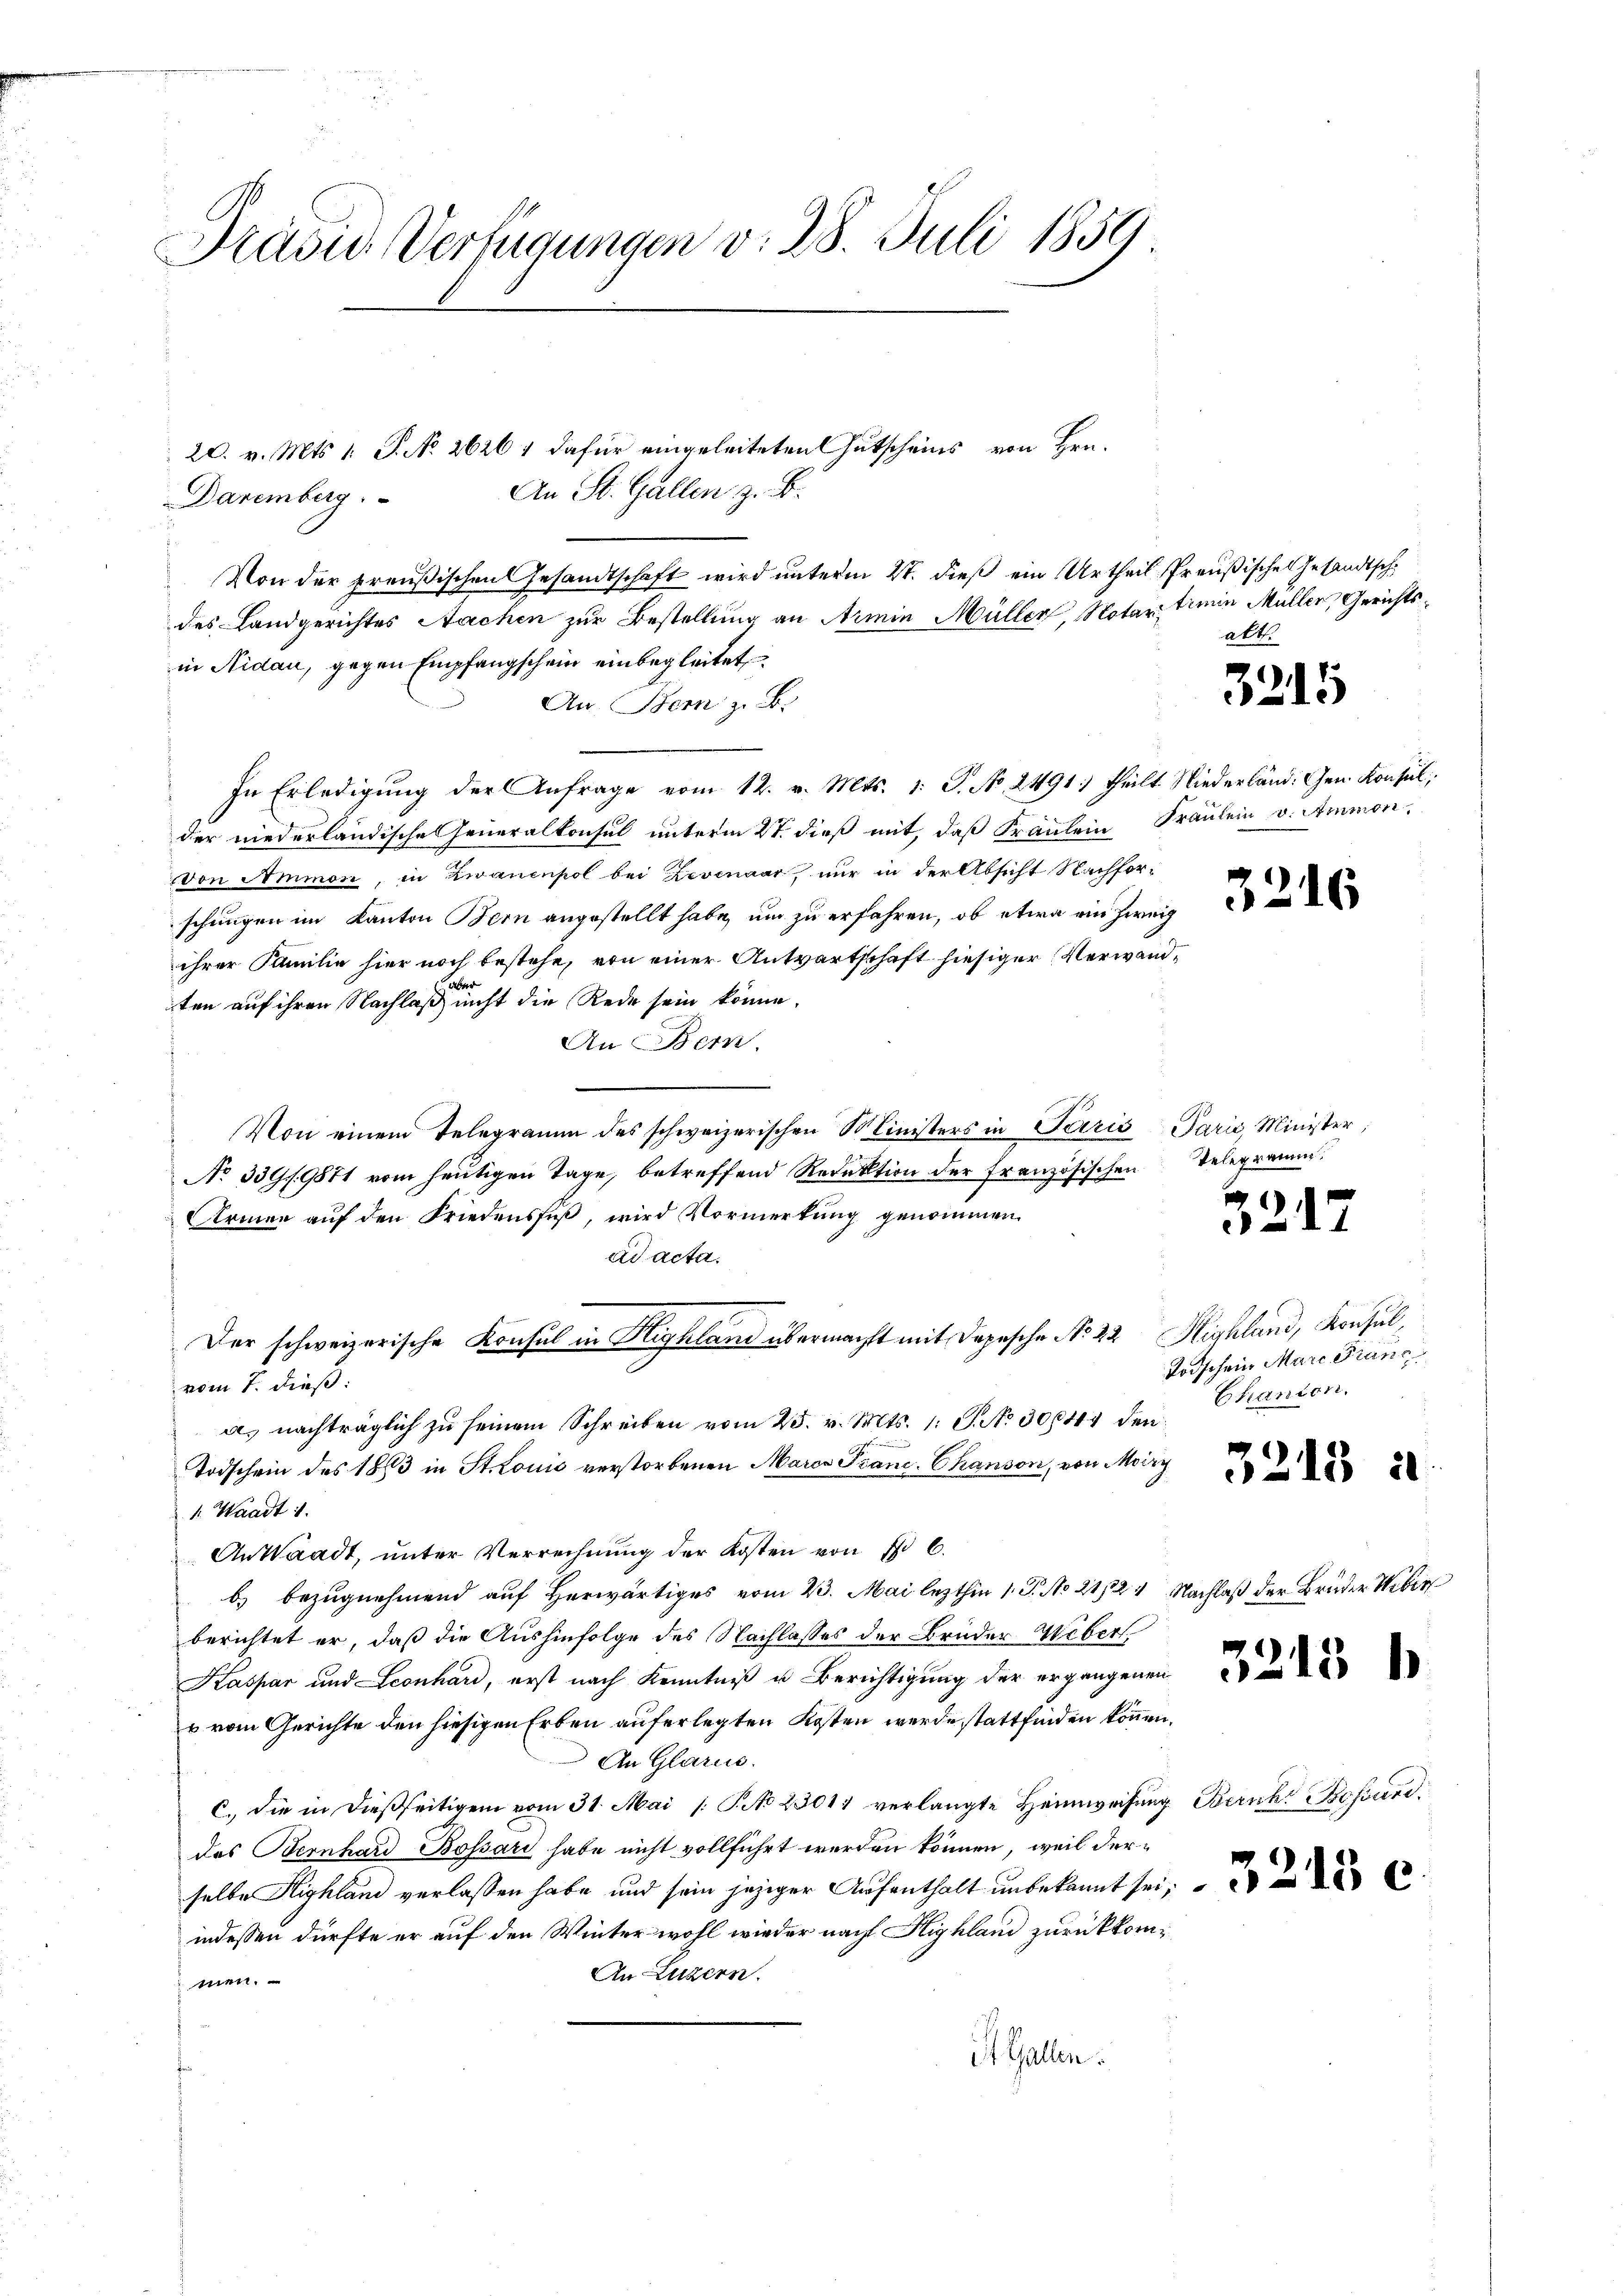
Präsid. Verfügungen v. 28. Juli 1859.

Daremberg
Von der preußischen Gesandtschaft wird unterm 27. dieß ein Urtheil Preußischen Gesandtsch
des Landgerichtes Aachen zur Bestellung an Armin Müller, Notar trein Müller, Gerichtsin Nidau, gegen Empfangschein einbegleitet
An. Bei z. B.
In Erledigŭng der Anfrage vom 12. v. Mts. 1. P. Nr. 2491. theilt Niederländ. Gen. Konsul,
der niederländische Generalkonsul unterm 2t. dieß mit, daß Spaulein Fräulein v. Ammon,
von Ammon, in Zwanenpol bei Zevenaar, nur in der Absicht Nachfor-
schungen im Kanton Bern angestellt habe, um zu erfahren, ob etwa ein Zweig
ihrer Familie hier noch bestehe, von einer Antwartschaft hiesiger Verwandten auf ihren Nachlaß nicht die Rede sein könne.
An Bern.
Von einem Telegramm des schweizerischen Ministers in Terris Paris Minister,
No 339 f. 9871 vom heutigen Tage, betreffend Redaktion der Französischen
Armen auf den Friedensfuß, wird Vormerkung genommen.
ad acta.
Der schweizerische Konsul in Highland übermacht mit Depesche No 22. Michland, Konsul,
vom 1. dieß:
a. nachträglich zu seinem Schreiben vom 25. v. Mts. 1. J. No. 30644 den
Todschein des 1863 in St. Louis verstorbenen Marcs Piano. Chanson, von Morg
1. Waadt 1.
An Waadt, unter Verrechnung der Kosten von 16.
b) bezugnehmend auf Herwärtiges vom 23. Mai lezthin 1. P. No 21/2. Nachlaß der Brüder Weber
berichtet er, daß die Aushinfolge des Nachlasses der Brüder Weber
Kaspar und Leonhard, erst nach Kenntniß u Berichtigung der ergangenen
u vom Gerichte den hiesigen Erben auferlegten Kosten werde stattfinden können.
An Glarus.
C. die in dießseitigem vom 31. Mai [ P. No 23011 verlangte Heimweisung
das Bernhard Bossard habe nicht vollführt werden können, weil derselbe Highland verlassen habe und sein jeziger Aufenthalt unbekannt sei,
indessen dürfte er auf den Winter wohl wieder nach Highland zurückkom¬
An Luzern.
men.
it. Gallen.

20. v. Mts. 1. P. No 26261 dafür eingeleiteten Gutscheins von Hrn.
An St. Gallen z. B.

alt.

3215

3216

Telegramm.

33

.

Todschein Mare Franc
Chanton.

33.

.

15

3218 b

Bericht Bossard.

3213 c